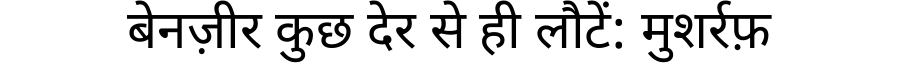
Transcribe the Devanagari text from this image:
बेनज़ीर कुछ देर से ही लौटें: मुशर्रफ़